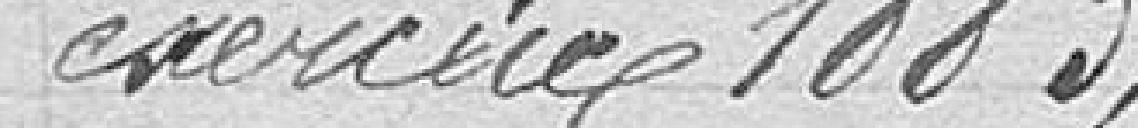
exercice 1883